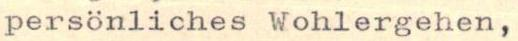
persönliches Wohlergehen,